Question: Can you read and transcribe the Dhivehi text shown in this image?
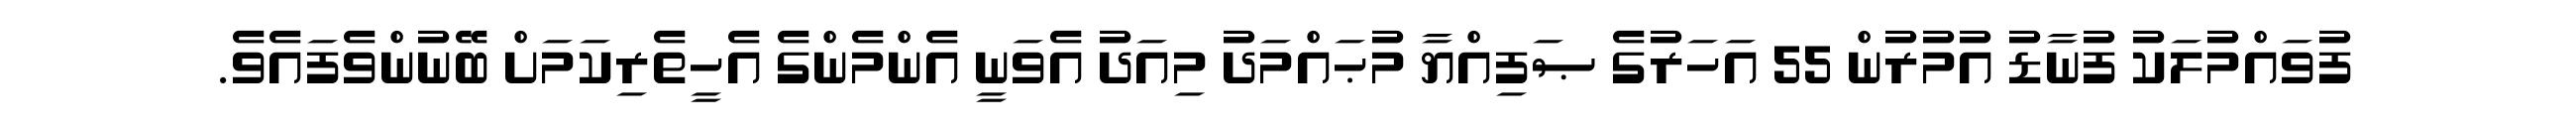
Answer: ފުވައްމުލަކު ފުނާޑު އުމުރުން 55 އަހަރުގެ ޞަފިއްޔާ މުޙައްމަދު މިއަދު އެވަނީ އެންމެންގެ އެހީތެރިކަމަށް ބޭނުންވެފައެވެ.